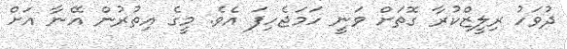
ދުވަހު ރިލީޒްކުރާ ގޮތަށް ވަނީ ހަމަޖެހިފަ އެވެ. މީގެ އިތުރުން އޭނާ އަށް